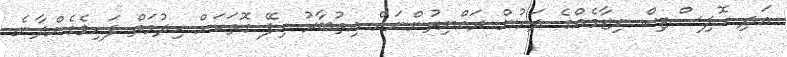
އަދި ހޮލިސްޓިކް ނިޒާމެއްގެ ދަށުން ރައްޔިތުންނަށް އިތުބާރު ހިފޭ ގޮތަކަށް ހިދުމަތް ފަހިވެގެންދާނެ.